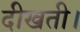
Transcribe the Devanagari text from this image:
दीखती।